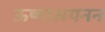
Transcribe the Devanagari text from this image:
ऊष्माअयनन